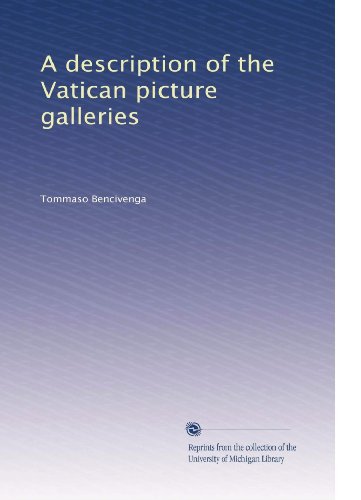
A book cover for A description of the Vatican picture galleries; Tommaso Bencivenga; Travel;